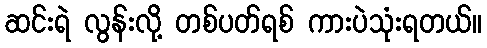
ဆင်းရဲ လွန်းလို့ တစ်ပတ်ရစ် ကားပဲသုံးရတယ်။